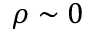
\rho \sim 0